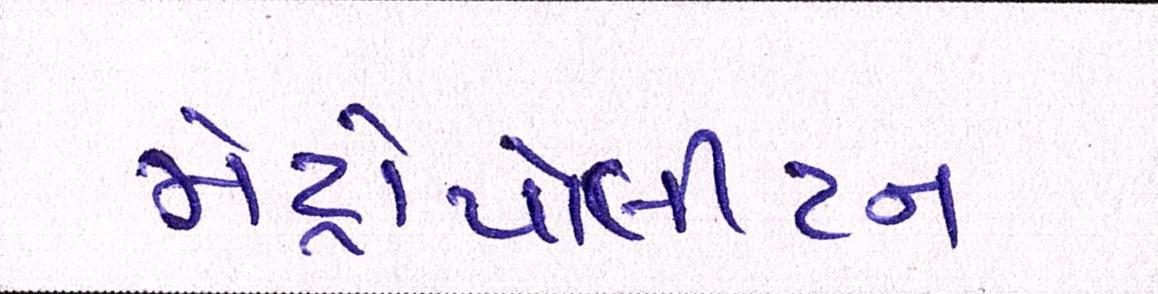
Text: મેટ્રોપોલીટન